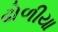
ઢોળીયા